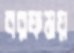
বরফময়